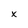
Character: x